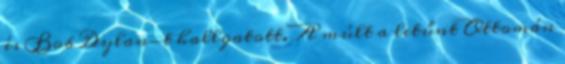
és Bob Dylan-t hallgatott. A múlt a letűnt Ottomán